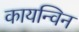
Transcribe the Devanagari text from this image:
कायन्विन